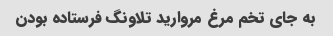
به جای تخم مرغ مروارید تلاونگ فرستاده بودن